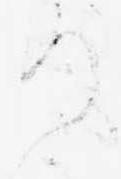
り